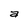
Character: a